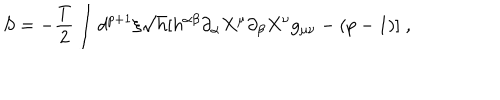
S = - \frac { T } { 2 } \int d ^ { p + 1 } \xi \sqrt { h } [ h ^ { \alpha \beta } \partial _ { \alpha } X ^ { \mu } \partial _ { \beta } X ^ { \nu } g _ { \mu \nu } - ( p - 1 ) ] \; ,